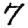
Digit: 7